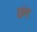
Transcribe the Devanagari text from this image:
छंग